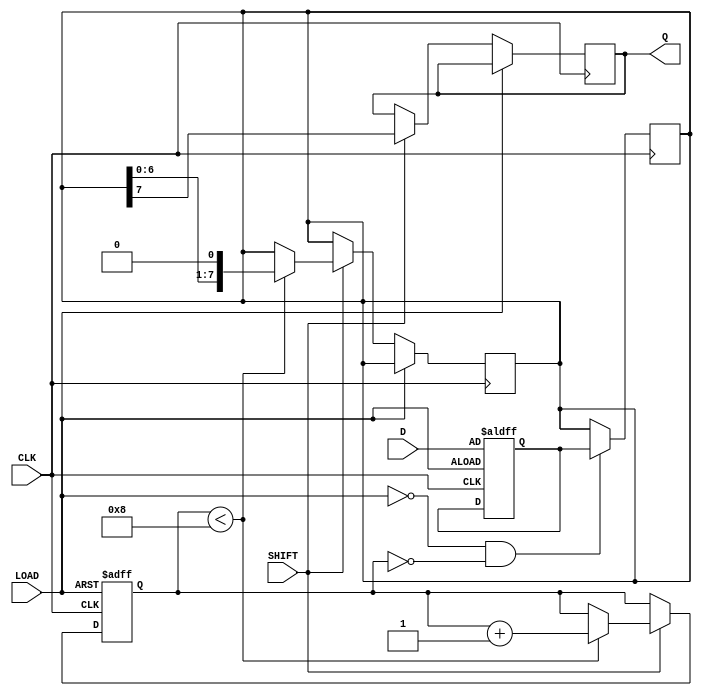
module TwoStagePISO #(
    parameter WIDTH = 8 // Parameter to define the number of parallel input bits
)(
    input wire [WIDTH-1:0] D, // Parallel input data
    input wire LOAD,           // Load control signal
    input wire SHIFT,          // Shift control signal
    input wire CLK,            // Clock signal
    output reg Q               // Serial output
);

    // Two registers to store data
    reg [WIDTH-1:0] stage1;
    reg [WIDTH-1:0] stage2;

    // Internal counter for shifting
    reg [3:0] counter; // Assuming WIDTH <= 16

    // Asynchronous reset for shifting counter
    always @(posedge CLK or posedge LOAD) begin
        if (LOAD) begin
            // Load data into Stage 1 on LOAD signal
            stage1 <= D;
            counter <= 0; // Reset counter when loading new data
        end else if (SHIFT) begin
            if (counter < WIDTH) begin
                // Shift data from Stage 2 to output Q and manage counter
                Q <= stage2[WIDTH-1]; // Shift out the MSB first
                stage2 <= {stage2[WIDTH-2:0], 1'b0}; // Shift Stage 2
                counter <= counter + 1; // Increment counter
            end else begin
                // After all bits are shifted out, hold the last state
                Q <= stage2[WIDTH-1]; // Hold last output value
            end
        end
    end

    // Transfer data from Stage 1 to Stage 2 on the rising edge of CLK
    always @(posedge CLK) begin
        if (!LOAD && (counter == 0)) begin
            stage2 <= stage1; // Transfer from Stage 1 to Stage 2
        end
    end

endmodule